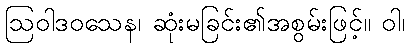
ဩဝါဒဝသေန၊ ဆုံးမခြင်း၏အစွမ်းဖြင့်။ ဝါ၊